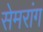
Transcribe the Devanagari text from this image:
सेमरांग